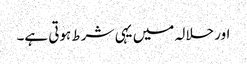
اور حلالہ میں یہی شرط ہوتی ہے۔